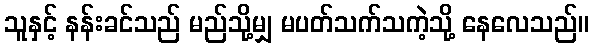
သူနှင့် နန်းခင်သည် မည်သို့မျှ မပတ်သက်သကဲ့သို့ နေလေသည်။